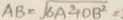
A B = \sqrt { 6 A ^ { 2 } + O B ^ { 2 } } =